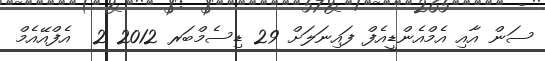
ސަން އާއި އެމްއެންޑީއެފް ފައިނަލަށް 29 ޑިސެމްބަރ 2012 2  އެފްއޭއެމް